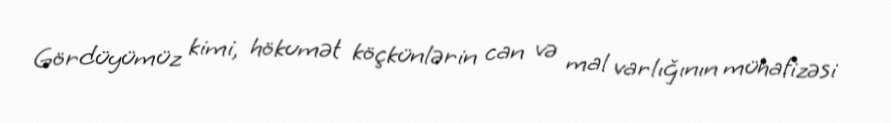
Gördüyümüz kimi, hökumət köçkünlərin can və mal varlığının mühafizəsi